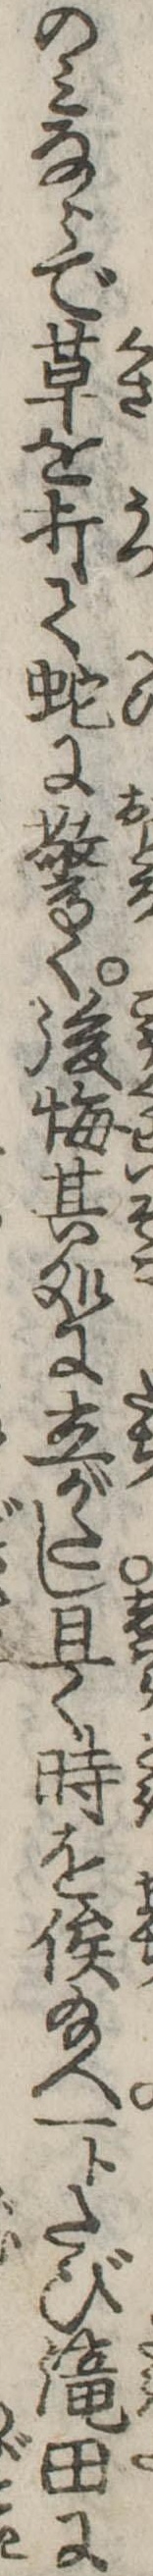
のみならで草を打て蛇に驚く後悔其処に立がたし且く時を俟給へ一トたび滝田に